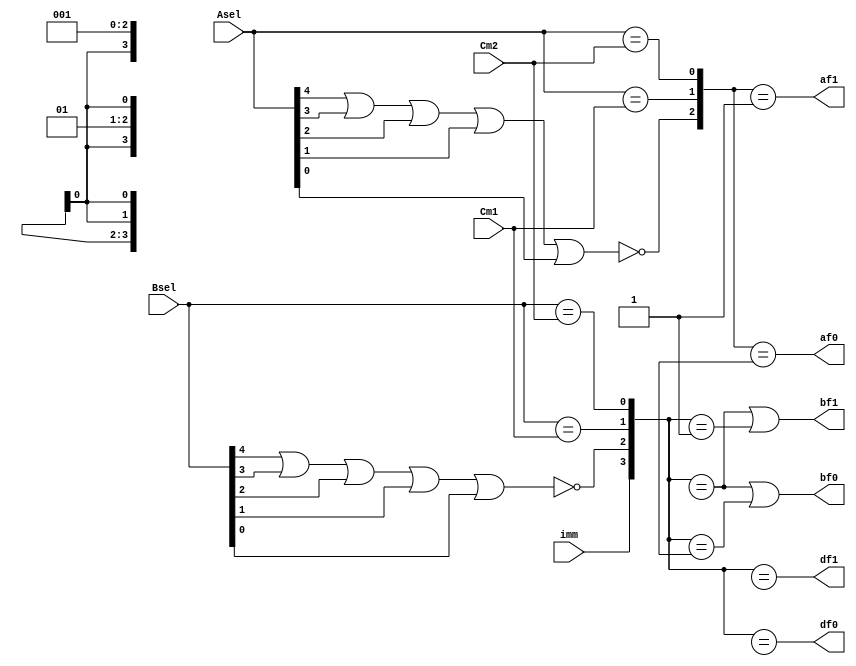
`timescale 1ns / 1ps
//////////////////////////////////////////////////////////////////////////////////
// Company: 
// 
// Design Name: 
// Module Name:    Fwd_PLA 
// Project Name: 
// Target Devices: 
// Tool versions: 
// Description: 
//
// Dependencies: 
//
// Revision: 
// Revision 0.01 - File Created
// Additional Comments: 
//
//////////////////////////////////////////////////////////////////////////////////
module Fwd_PLA(
    input [4:0] Asel,
    input [4:0] Bsel,
    input [4:0] Cm1,
    input [4:0] Cm2,
    input wire imm,
    output af0,
    output af1,
    output bf0,
    output bf1,
    output df0,
    output df1
    );
	 
	 // ForwardA PLA
	 wire [2:0]InA;
	 
	 assign InA[1:0] = {Asel == Cm1,Asel == Cm2};
	 nor(InA[2],Asel[4],Asel[3],Asel[2],Asel[1],Asel[0]);
	 
	 assign af1= InA == 3'b001;
	 assign af0= InA == 3'b01X;
	 
	 // ForwardB PLA
	 wire [3:0]InB;
	 
	 assign {InB[3],InB[1:0]}={imm,Bsel == Cm1,Bsel == Cm2};
	 nor(InB[2],Bsel[4],Bsel[3],Bsel[2],Bsel[1],Bsel[0]);
	 
	 assign bf0=   (InB == 4'b1XXX) ||
						(InB == 4'b001X);
						
	 assign bf1 =  (InB == 4'b1XXX) ||
						(InB == 4'b0001);
						
	 assign df0=    InB == 4'bX01X;
	 assign df1=    InB == 4'bX001;
	 
endmodule